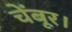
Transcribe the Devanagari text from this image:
चेंबूर।